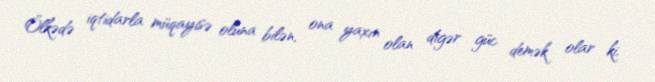
Ölkədə iqtidarla müqayisə oluna bilən, ona yaxın olan digər güc demək olar ki,